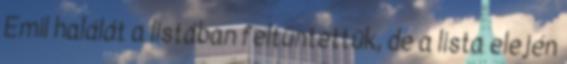
Emil halálát a listában feltüntettük, de a lista elején